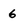
Character: 6